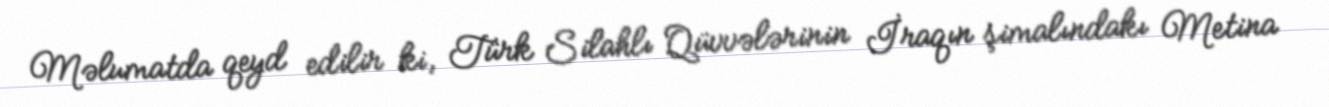
Məlumatda qeyd edilir ki, Türk Silahlı Qüvvələrinin İraqın şimalındakı Metina